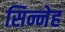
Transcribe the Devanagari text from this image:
सिन्नेह